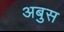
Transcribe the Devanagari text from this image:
अबुस